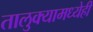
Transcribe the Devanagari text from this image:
तालुक्यामध्येही